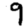
Digit: 9